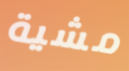
مشية